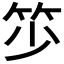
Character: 𥬃